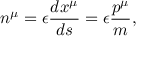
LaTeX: n ^ { \mu } = \epsilon \frac { d x ^ { \mu } } { d s } = \epsilon \frac { p ^ { \mu } } m ,